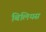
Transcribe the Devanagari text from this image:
बिलियस